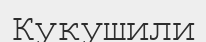
Кукушили